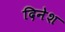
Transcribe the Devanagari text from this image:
दिनेश